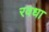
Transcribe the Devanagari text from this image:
रवधा